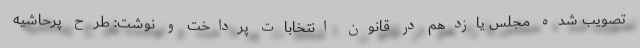
تصویب شده مجلس یازدهم در قانون انتخابات پرداخت و نوشت: طرح پرحاشیه